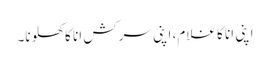
اپنی انا کا غلام، اپنی سرکش انا کا کھلونا۔